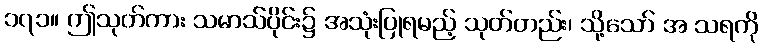
၁၇၁။ ဤသုတ်ကား သမာသ်ပိုင်း၌ အသုံးပြုရမည့် သုတ်တည်း၊ သို့သော် အ သရကို